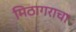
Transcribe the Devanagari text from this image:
मिठागराचा